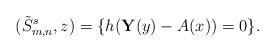
LaTeX: \begin{align*} (\tilde S_{m,n}^s,z) = \{ h( \mathbf Y(y) - A(x) ) = 0 \}. \end{align*}